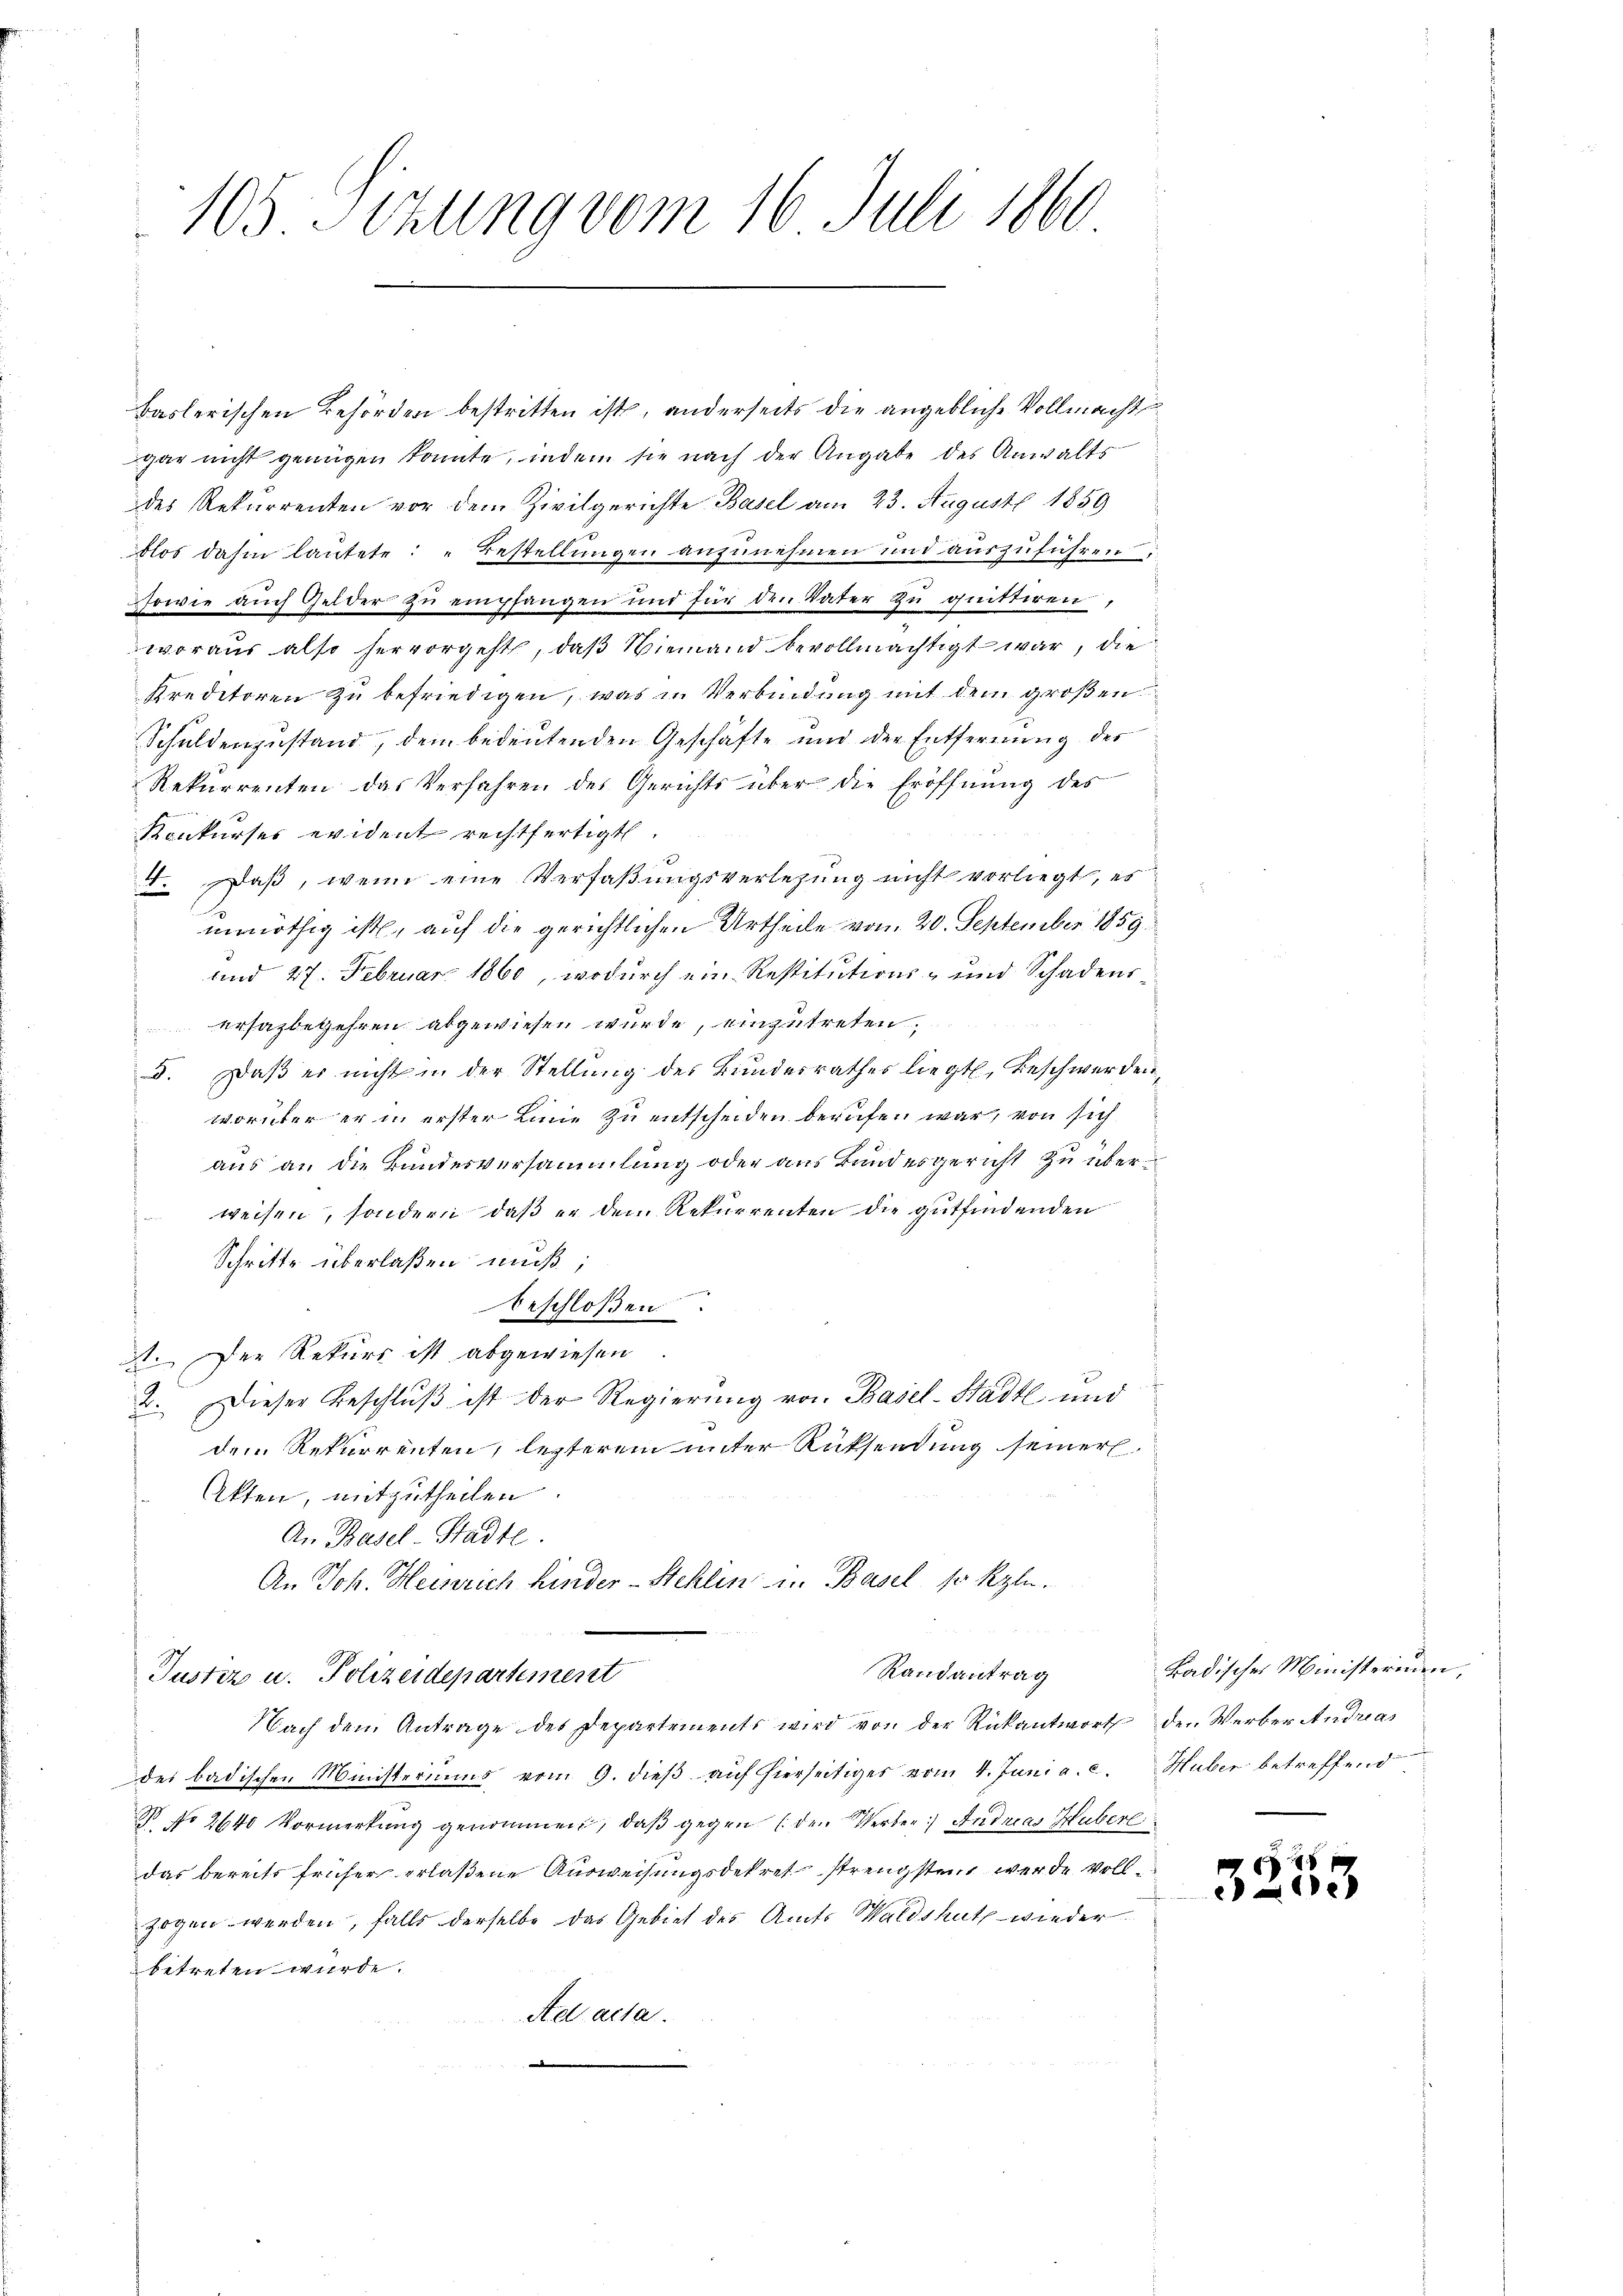
105. Sizung vom 16. Juli 1860

baslerischen Behörden bestritten ist, anderseits die angebliche Vollmacht
gar nicht genügen könnte, indem sie nach der Angabe des Anwalts
des Rekurrenten vor dem Zivilgerichte Basel am 23. August 1859
blos dahin lautete: „Bestellungen anzunehmen und auszuführen
sowie auch Gelder zu empfangen und für den Vater zu quittiren,
woraus also hervorgeht, daß Niemand bevollmächtigt war, die
Kreditoren zu befriedigen, was in Verbindung mit dem großen
Schuldenzustand, dem bedeutenden Geschäfte und der Entfernung des
Rekurrenten das Verfahren des Gerichts über die Eröffnung des
Konkurses evident rechtfertigt.
4. Daβ, wenn eine Verfaßungsverlesung nicht vorliegt, es
unnöthig ist, auf die gerichtlichen Urtheile vom 20. September 1859
und 27. Februar 1860, wodurch ein Restitutions- und Schadens
ersagbegehren abgewiesen wurde, einzutreten.
5. Daß er nicht in der Stellung des Bundesrathes liegt, Beschwerden
worüber er in erster Linie zu entscheiden berufen war, von sich
aus an die Bundesversammlung oder aus Bundesgericht zu überweisen, sondern, daß er dem Rekurrenten die gutfindenden
Schritte überlaßen muß;
beschloßen
21. Der Rekurs ist abgewiesen.
2. Dieser Beschlŭβ ist der Regierung von Basel-Stadtl und
dem Rekurrenten, lezterem unter Rücksendung seiner
Akten, mitzutheilen.
An Basel-Stadte
An Joh. Heinrich Hinder-Stehlen in Basel, so kle
Randantrag
Tuster u. Polizeidepartement
Nach dem Antrage des Departements wird von der Rückantwort der Werber Andria
des badischen Ministeriums vom 9. dieß auf hierseitiges vom 4. Juni a. c.
N No 2640 Vormerkŭng genommen, daβ gegen (den Verber) Andreas Hubere
das bereits früher erlaßene Ausweisungsdekret strengsten werde vollzogen werden, falls derselbe das Gebiet des Amts Waldshuth wieder
betreten wurde.
Ael acta.
—

Badisches Ministerium,
Huber betreffend

F
3